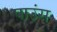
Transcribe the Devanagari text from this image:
पाउंस